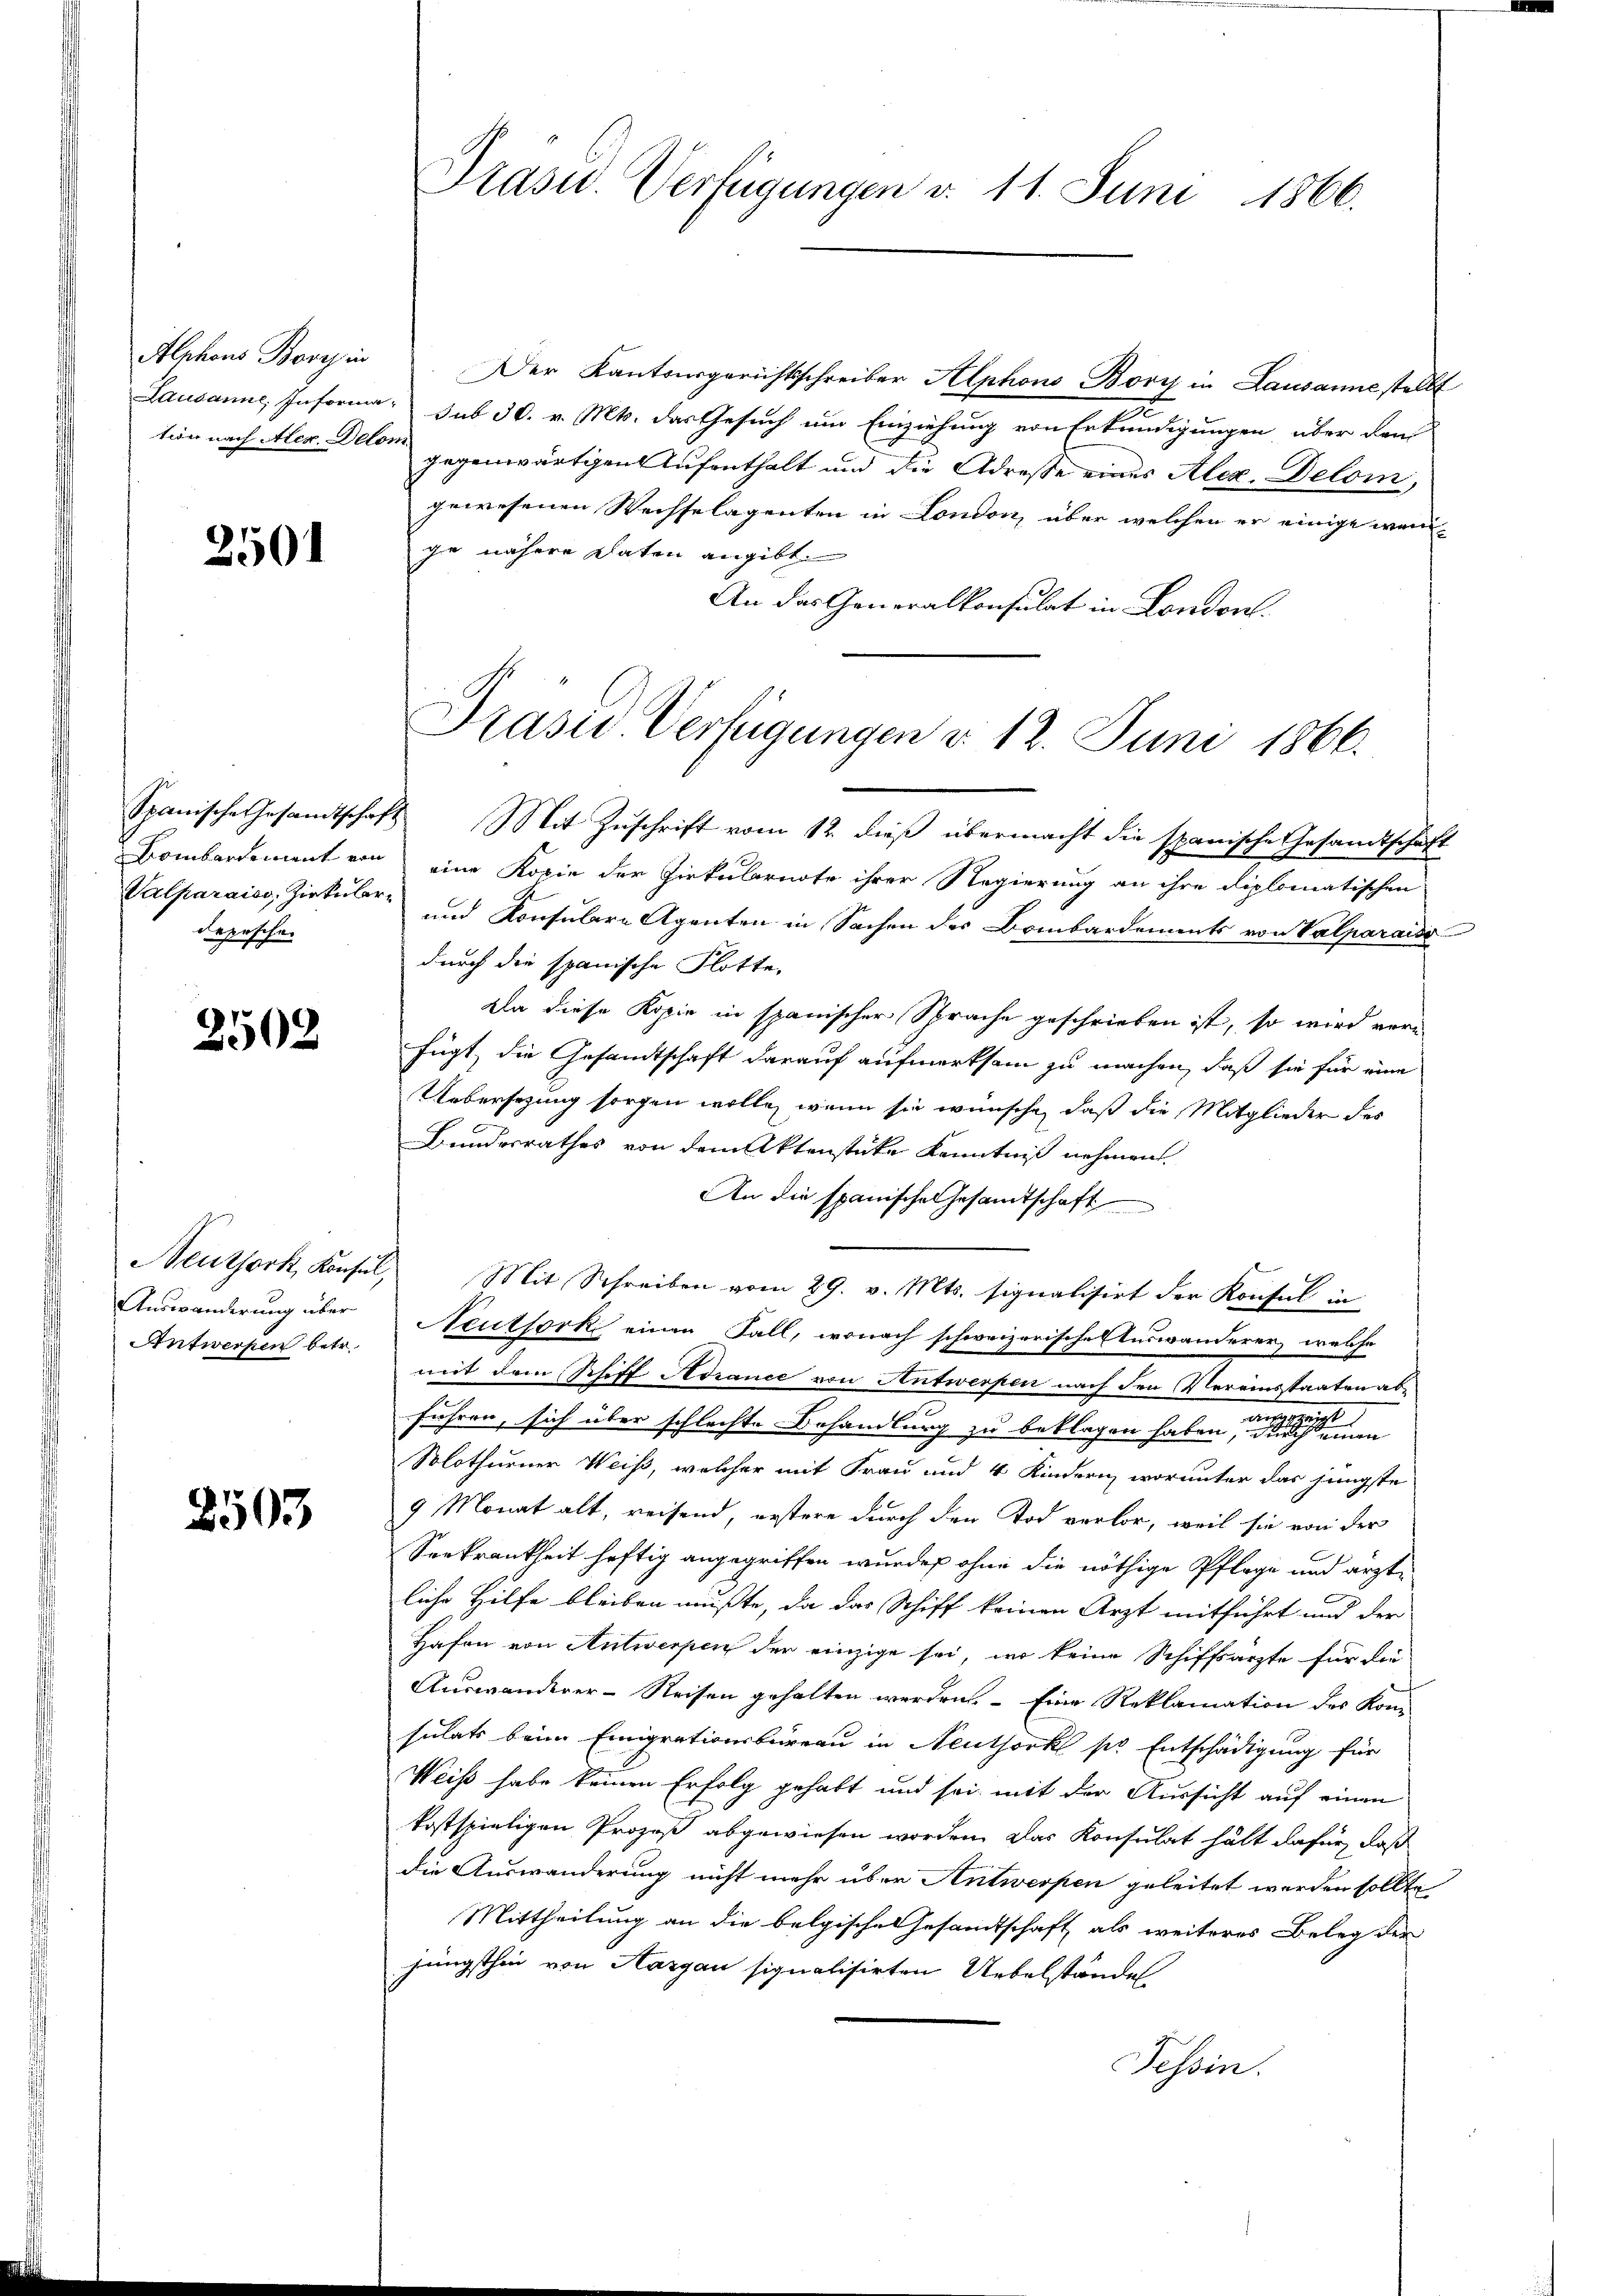
Alphons Bory in

2501

depeschen

2502

Neuthork, Konsul,
Auswanderung über
Antwerpen betr.

2503

Der Kantonsgerichtsschreiber Alphons Bory in Lausanne stellt
n
Lausanne, Informa sub 30. v. Mts. das Gesuch um Einziehung von Erkundigungen über den
tion nach Aer Deter gegenwärtigen Aufenthalt und die Adresse eines Alex. Delom,
gewesenen Wechselagenten in London, über welchen er einige wangie nähere Daten angibt.
An das Generalkonsulat in London.

Präsid.. Verfügungen d. 11. Juni 1866.

Prasie Verfügungen v. 12. Juni 1866.

Spanische Gesamtschaft Mit Zuschrift vom 12. dieß übermacht die spanische Gesandtschaft
Bombardement von eine Kopie der Zirkularnote ihrer Regierung an ihre diplomatischen
Valparaiss, Zirkular und Konsulare Agenten in Sachen des Bombardements von Valparaiso
durch die spanische Flotte,
ala diese Kopie in spanischer Sprache geschrieben ist, so wird vorfügt, die Gesandtschaft darauf aufmerksam zu machen, daß sie für eine
Uebersezung sorgen wolle, wenn sie wünsche, daß die Mitglieder des
Bundesrathes von dem Aktenstücke Kenntniß nehmen.
An die spanische Gesamtschaft
Mit Schreiben vom 29. v. Mts. signalisirt der Konsul in
Neutfork einen Fall, wonach schweizerische Auswanderer, welche
mit dem Schiff Avrance von Antwerpen nach den Vereinstaaten abführen, sich über schlechte Behandlung zu beklagen haben,
Solothurner Weiß, welcher mit Frau und 4 Kindern, worunter das jüngste
9 Monat alt, reisend, erstere durch den Tod verlor, weil sie von der
Seekrankheit heftig angegriffen wurde ohne die nöthige Pflege und ärzte
liche Hilfe bleiben mußte, da das Schiff keinen Arzt mitführt und der
Hafen von Antwerpen der einzige sei, wo keine Schiffsärzte für die
Auswanderer- Reisen gehalten werden. Eine Reklamation des Kon
sulats beim Emigrationsbüreau in Neuthork so Entschädigung für
Weiß habe keinen Erfolg gehabt und sei mit der Aussicht auf einen
kostspieligen Prozeß abgewiesen worden das Konsulat hält dafür, daß
die Auswanderung nicht mehr über Antwerpen geleitet werden sollte
Mittheilung an die belgische Gesamtschaft als weiteres Beleg der
jüngsthin von Aargau signalisirten Uebelstände
Tessin.